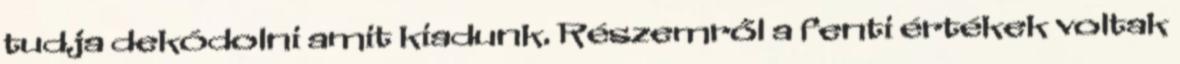
tudja dekódolni amit kiadunk. Részemről a fenti értékek voltak